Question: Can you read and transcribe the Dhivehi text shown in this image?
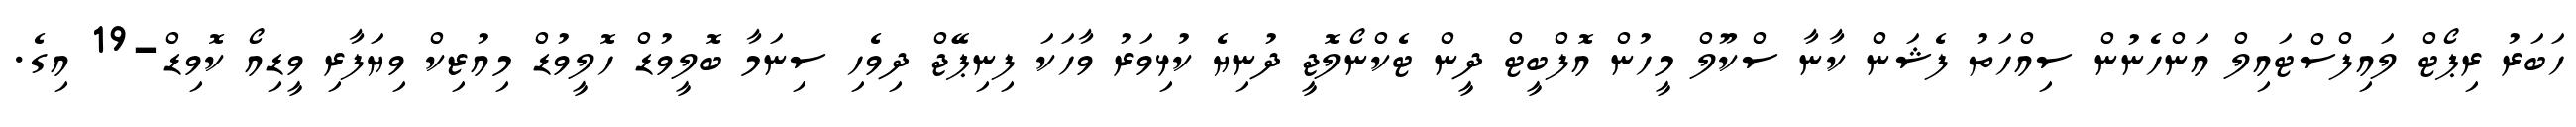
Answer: ހަބަރު ރިޕޯޓް ލައިފްސްޓައިލް އަންހެނުން ސިއްހަތު ފެޝަން ކާނާ ސްކޫލް މީހުން އޮފްބީޓް ދީން ޓެކްނޯލޮޖީ ދުނިޔެ ކުޅިވަރު ވާހަކަ ފިނިޕޭޖް ދިވެހި ސިނަމާ ބޮލީވުޑް ހޮލީވުޑް މިއުޒިކް ވިޔަފާރި ވީޑިއޯ ކޮވިޑް-19 އިގެ.